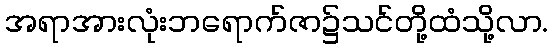
အရာအားလုံးဘရောက်ဇာ၌သင်တို့ထံသို့လာ.